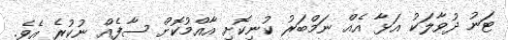
ޓަނު ދުވާލަކު އަޅާ އެއް ނަމްބަރު ކުނިކޮށި އާއްމުކޮށް ސާފެއް ނުކުރެ އެވެ.